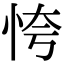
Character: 恗